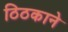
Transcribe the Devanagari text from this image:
ठिठकाने